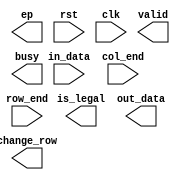
`timescale 1ns/10ps
module MM( in_data, col_end, row_end, ep,is_legal, out_data, rst, clk , change_row,valid,busy);
input           clk;
input           rst;
input           col_end;
input           row_end;
input      [7:0]     in_data;

output  [31:0]   out_data;
output  [2:0] ep;
output  is_legal;
output  change_row,valid,busy;

endmodule